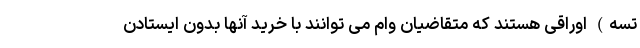
تسه) اوراقی هستند که متقاضیان وام می توانند با خرید آنها بدون ایستادن